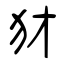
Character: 犲